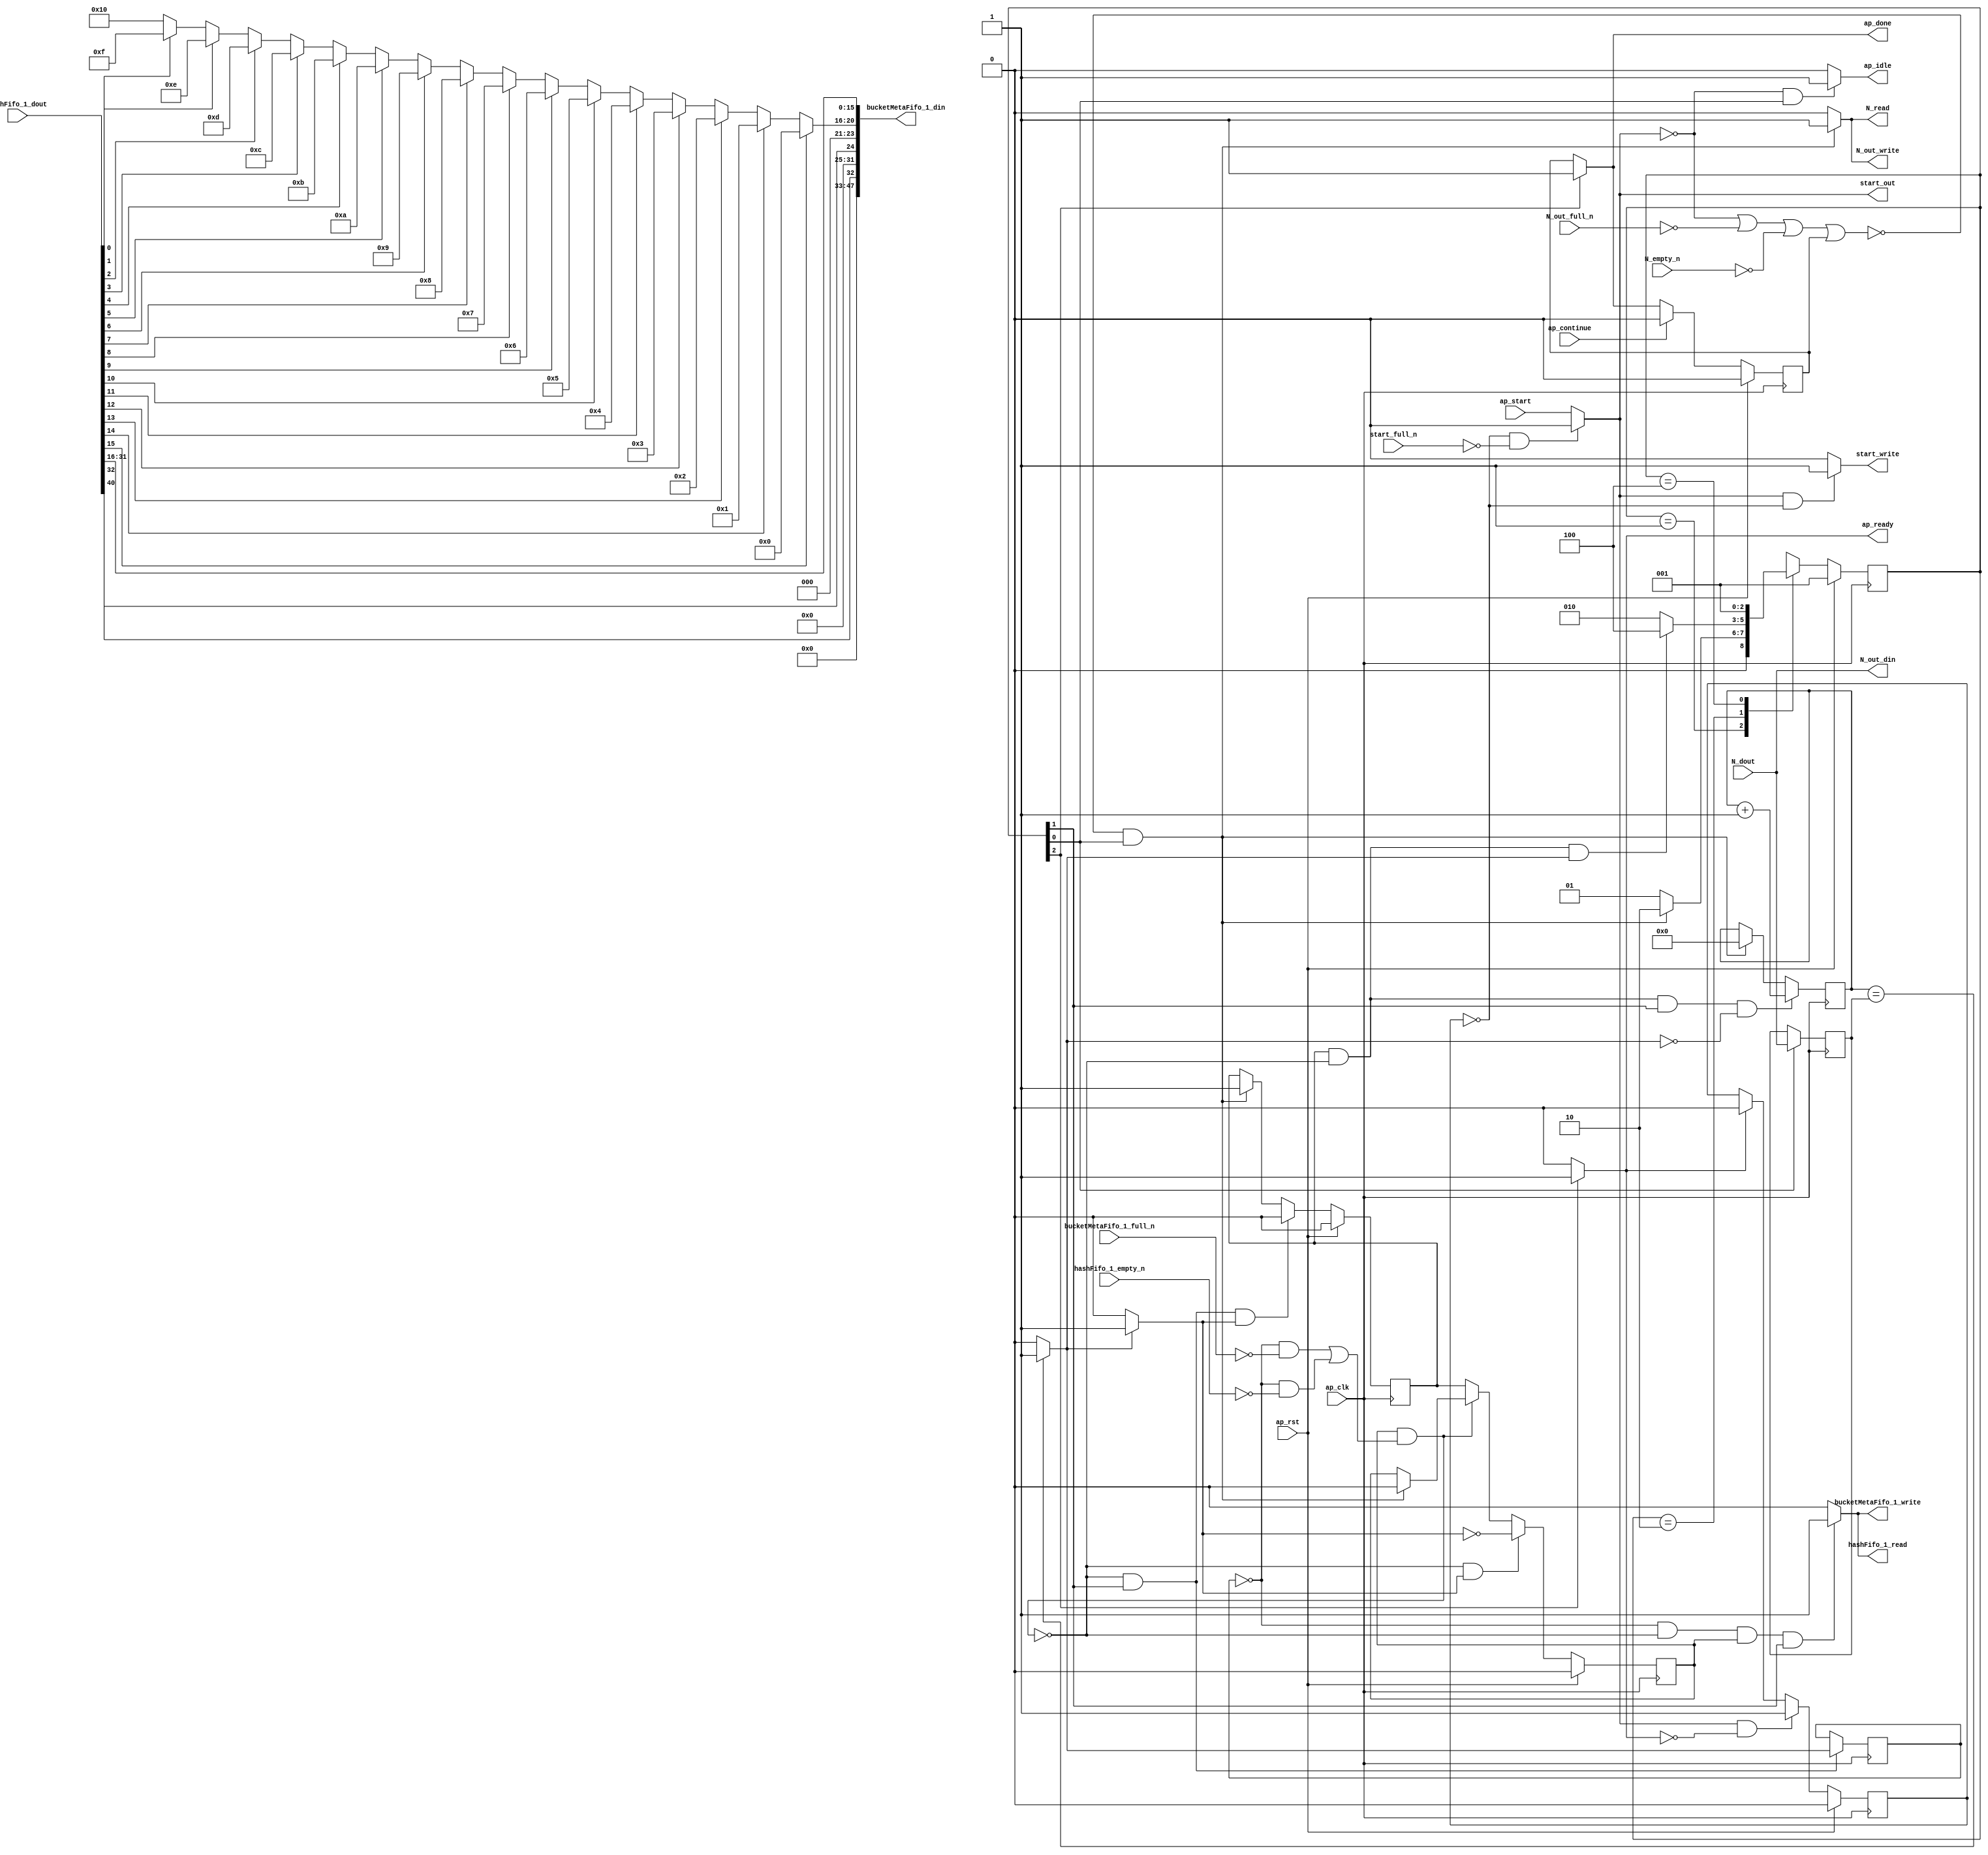
// ==============================================================
// RTL generated by Vitis HLS - High-Level Synthesis from C, C++ and OpenCL v2020.2 (64-bit)
// Version: 2020.2
// Copyright (C) Copyright 1986-2020 Xilinx, Inc. All Rights Reserved.
// 
// ===========================================================

`timescale 1 ns / 1 ps 

module hyperloglog_top_bz_detector_8_s (
        ap_clk,
        ap_rst,
        ap_start,
        start_full_n,
        ap_done,
        ap_continue,
        ap_idle,
        ap_ready,
        start_out,
        start_write,
        N_dout,
        N_empty_n,
        N_read,
        N_out_din,
        N_out_full_n,
        N_out_write,
        hashFifo_1_dout,
        hashFifo_1_empty_n,
        hashFifo_1_read,
        bucketMetaFifo_1_din,
        bucketMetaFifo_1_full_n,
        bucketMetaFifo_1_write
);

parameter    ap_ST_fsm_state1 = 3'd1;
parameter    ap_ST_fsm_pp0_stage0 = 3'd2;
parameter    ap_ST_fsm_state4 = 3'd4;

input   ap_clk;
input   ap_rst;
input   ap_start;
input   start_full_n;
output   ap_done;
input   ap_continue;
output   ap_idle;
output   ap_ready;
output   start_out;
output   start_write;
input  [63:0] N_dout;
input   N_empty_n;
output   N_read;
output  [63:0] N_out_din;
input   N_out_full_n;
output   N_out_write;
input  [63:0] hashFifo_1_dout;
input   hashFifo_1_empty_n;
output   hashFifo_1_read;
output  [47:0] bucketMetaFifo_1_din;
input   bucketMetaFifo_1_full_n;
output   bucketMetaFifo_1_write;

reg ap_done;
reg ap_idle;
reg start_write;
reg N_read;
reg N_out_write;
reg hashFifo_1_read;
reg bucketMetaFifo_1_write;

reg    real_start;
reg    start_once_reg;
reg    ap_done_reg;
(* fsm_encoding = "none" *) reg   [2:0] ap_CS_fsm;
wire    ap_CS_fsm_state1;
reg    internal_ap_ready;
reg    N_blk_n;
reg    N_out_blk_n;
reg    hashFifo_1_blk_n;
wire    ap_CS_fsm_pp0_stage0;
reg    ap_enable_reg_pp0_iter1;
wire    ap_block_pp0_stage0;
reg   [0:0] icmp_ln39_reg_208;
reg    bucketMetaFifo_1_blk_n;
reg   [63:0] i_reg_101;
reg   [63:0] N_read_reg_198;
wire   [63:0] i_35_fu_112_p2;
reg    ap_enable_reg_pp0_iter0;
wire    ap_block_state2_pp0_stage0_iter0;
reg    ap_block_state3_pp0_stage0_iter1;
reg    ap_block_pp0_stage0_11001;
wire   [0:0] icmp_ln39_fu_118_p2;
reg    ap_block_state1;
reg    ap_block_pp0_stage0_subdone;
reg    ap_condition_pp0_exit_iter0_state2;
reg    ap_block_pp0_stage0_01001;
reg   [15:0] p_Result_s_fu_141_p4;
wire   [31:0] p_Result_4_fu_151_p3;
reg   [31:0] op_assign_fu_159_p3;
wire   [0:0] tmp_fu_123_p3;
wire   [0:0] tmp_7_fu_171_p3;
wire   [4:0] trunc_ln174_fu_167_p1;
wire   [15:0] trunc_ln_fu_131_p4;
wire    ap_CS_fsm_state4;
reg   [2:0] ap_NS_fsm;
reg    ap_idle_pp0;
wire    ap_enable_pp0;
wire    ap_ce_reg;

// power-on initialization
initial begin
#0 start_once_reg = 1'b0;
#0 ap_done_reg = 1'b0;
#0 ap_CS_fsm = 3'd1;
#0 ap_enable_reg_pp0_iter1 = 1'b0;
#0 ap_enable_reg_pp0_iter0 = 1'b0;
end

always @ (posedge ap_clk) begin
    if (ap_rst == 1'b1) begin
        ap_CS_fsm <= ap_ST_fsm_state1;
    end else begin
        ap_CS_fsm <= ap_NS_fsm;
    end
end

always @ (posedge ap_clk) begin
    if (ap_rst == 1'b1) begin
        ap_done_reg <= 1'b0;
    end else begin
        if ((ap_continue == 1'b1)) begin
            ap_done_reg <= 1'b0;
        end else if ((1'b1 == ap_CS_fsm_state4)) begin
            ap_done_reg <= 1'b1;
        end
    end
end

always @ (posedge ap_clk) begin
    if (ap_rst == 1'b1) begin
        ap_enable_reg_pp0_iter0 <= 1'b0;
    end else begin
        if (((1'b0 == ap_block_pp0_stage0_subdone) & (1'b1 == ap_CS_fsm_pp0_stage0) & (1'b1 == ap_condition_pp0_exit_iter0_state2))) begin
            ap_enable_reg_pp0_iter0 <= 1'b0;
        end else if ((~((real_start == 1'b0) | (1'b0 == N_out_full_n) | (1'b0 == N_empty_n) | (ap_done_reg == 1'b1)) & (1'b1 == ap_CS_fsm_state1))) begin
            ap_enable_reg_pp0_iter0 <= 1'b1;
        end
    end
end

always @ (posedge ap_clk) begin
    if (ap_rst == 1'b1) begin
        ap_enable_reg_pp0_iter1 <= 1'b0;
    end else begin
        if (((1'b0 == ap_block_pp0_stage0_subdone) & (1'b1 == ap_condition_pp0_exit_iter0_state2))) begin
            ap_enable_reg_pp0_iter1 <= (1'b1 ^ ap_condition_pp0_exit_iter0_state2);
        end else if ((1'b0 == ap_block_pp0_stage0_subdone)) begin
            ap_enable_reg_pp0_iter1 <= ap_enable_reg_pp0_iter0;
        end else if ((~((real_start == 1'b0) | (1'b0 == N_out_full_n) | (1'b0 == N_empty_n) | (ap_done_reg == 1'b1)) & (1'b1 == ap_CS_fsm_state1))) begin
            ap_enable_reg_pp0_iter1 <= 1'b0;
        end
    end
end

always @ (posedge ap_clk) begin
    if (ap_rst == 1'b1) begin
        start_once_reg <= 1'b0;
    end else begin
        if (((real_start == 1'b1) & (internal_ap_ready == 1'b0))) begin
            start_once_reg <= 1'b1;
        end else if ((internal_ap_ready == 1'b1)) begin
            start_once_reg <= 1'b0;
        end
    end
end

always @ (posedge ap_clk) begin
    if (((ap_enable_reg_pp0_iter0 == 1'b1) & (1'b0 == ap_block_pp0_stage0_11001) & (1'b1 == ap_CS_fsm_pp0_stage0) & (icmp_ln39_fu_118_p2 == 1'd0))) begin
        i_reg_101 <= i_35_fu_112_p2;
    end else if ((~((real_start == 1'b0) | (1'b0 == N_out_full_n) | (1'b0 == N_empty_n) | (ap_done_reg == 1'b1)) & (1'b1 == ap_CS_fsm_state1))) begin
        i_reg_101 <= 64'd0;
    end
end

always @ (posedge ap_clk) begin
    if ((1'b1 == ap_CS_fsm_state1)) begin
        N_read_reg_198 <= N_dout;
    end
end

always @ (posedge ap_clk) begin
    if (((1'b0 == ap_block_pp0_stage0_11001) & (1'b1 == ap_CS_fsm_pp0_stage0))) begin
        icmp_ln39_reg_208 <= icmp_ln39_fu_118_p2;
    end
end

always @ (*) begin
    if ((~((real_start == 1'b0) | (ap_done_reg == 1'b1)) & (1'b1 == ap_CS_fsm_state1))) begin
        N_blk_n = N_empty_n;
    end else begin
        N_blk_n = 1'b1;
    end
end

always @ (*) begin
    if ((~((real_start == 1'b0) | (ap_done_reg == 1'b1)) & (1'b1 == ap_CS_fsm_state1))) begin
        N_out_blk_n = N_out_full_n;
    end else begin
        N_out_blk_n = 1'b1;
    end
end

always @ (*) begin
    if ((~((real_start == 1'b0) | (1'b0 == N_out_full_n) | (1'b0 == N_empty_n) | (ap_done_reg == 1'b1)) & (1'b1 == ap_CS_fsm_state1))) begin
        N_out_write = 1'b1;
    end else begin
        N_out_write = 1'b0;
    end
end

always @ (*) begin
    if ((~((real_start == 1'b0) | (1'b0 == N_out_full_n) | (1'b0 == N_empty_n) | (ap_done_reg == 1'b1)) & (1'b1 == ap_CS_fsm_state1))) begin
        N_read = 1'b1;
    end else begin
        N_read = 1'b0;
    end
end

always @ (*) begin
    if ((icmp_ln39_fu_118_p2 == 1'd1)) begin
        ap_condition_pp0_exit_iter0_state2 = 1'b1;
    end else begin
        ap_condition_pp0_exit_iter0_state2 = 1'b0;
    end
end

always @ (*) begin
    if ((1'b1 == ap_CS_fsm_state4)) begin
        ap_done = 1'b1;
    end else begin
        ap_done = ap_done_reg;
    end
end

always @ (*) begin
    if (((real_start == 1'b0) & (1'b1 == ap_CS_fsm_state1))) begin
        ap_idle = 1'b1;
    end else begin
        ap_idle = 1'b0;
    end
end

always @ (*) begin
    if (((ap_enable_reg_pp0_iter0 == 1'b0) & (ap_enable_reg_pp0_iter1 == 1'b0))) begin
        ap_idle_pp0 = 1'b1;
    end else begin
        ap_idle_pp0 = 1'b0;
    end
end

always @ (*) begin
    if (((icmp_ln39_reg_208 == 1'd0) & (1'b0 == ap_block_pp0_stage0) & (ap_enable_reg_pp0_iter1 == 1'b1) & (1'b1 == ap_CS_fsm_pp0_stage0))) begin
        bucketMetaFifo_1_blk_n = bucketMetaFifo_1_full_n;
    end else begin
        bucketMetaFifo_1_blk_n = 1'b1;
    end
end

always @ (*) begin
    if (((icmp_ln39_reg_208 == 1'd0) & (1'b0 == ap_block_pp0_stage0_11001) & (ap_enable_reg_pp0_iter1 == 1'b1) & (1'b1 == ap_CS_fsm_pp0_stage0))) begin
        bucketMetaFifo_1_write = 1'b1;
    end else begin
        bucketMetaFifo_1_write = 1'b0;
    end
end

always @ (*) begin
    if (((icmp_ln39_reg_208 == 1'd0) & (1'b0 == ap_block_pp0_stage0) & (ap_enable_reg_pp0_iter1 == 1'b1) & (1'b1 == ap_CS_fsm_pp0_stage0))) begin
        hashFifo_1_blk_n = hashFifo_1_empty_n;
    end else begin
        hashFifo_1_blk_n = 1'b1;
    end
end

always @ (*) begin
    if (((icmp_ln39_reg_208 == 1'd0) & (1'b0 == ap_block_pp0_stage0_11001) & (ap_enable_reg_pp0_iter1 == 1'b1) & (1'b1 == ap_CS_fsm_pp0_stage0))) begin
        hashFifo_1_read = 1'b1;
    end else begin
        hashFifo_1_read = 1'b0;
    end
end

always @ (*) begin
    if ((1'b1 == ap_CS_fsm_state4)) begin
        internal_ap_ready = 1'b1;
    end else begin
        internal_ap_ready = 1'b0;
    end
end

always @ (*) begin
    if (((start_once_reg == 1'b0) & (start_full_n == 1'b0))) begin
        real_start = 1'b0;
    end else begin
        real_start = ap_start;
    end
end

always @ (*) begin
    if (((real_start == 1'b1) & (start_once_reg == 1'b0))) begin
        start_write = 1'b1;
    end else begin
        start_write = 1'b0;
    end
end

always @ (*) begin
    case (ap_CS_fsm)
        ap_ST_fsm_state1 : begin
            if ((~((real_start == 1'b0) | (1'b0 == N_out_full_n) | (1'b0 == N_empty_n) | (ap_done_reg == 1'b1)) & (1'b1 == ap_CS_fsm_state1))) begin
                ap_NS_fsm = ap_ST_fsm_pp0_stage0;
            end else begin
                ap_NS_fsm = ap_ST_fsm_state1;
            end
        end
        ap_ST_fsm_pp0_stage0 : begin
            if (~((ap_enable_reg_pp0_iter0 == 1'b1) & (1'b0 == ap_block_pp0_stage0_subdone) & (icmp_ln39_fu_118_p2 == 1'd1))) begin
                ap_NS_fsm = ap_ST_fsm_pp0_stage0;
            end else if (((ap_enable_reg_pp0_iter0 == 1'b1) & (1'b0 == ap_block_pp0_stage0_subdone) & (icmp_ln39_fu_118_p2 == 1'd1))) begin
                ap_NS_fsm = ap_ST_fsm_state4;
            end else begin
                ap_NS_fsm = ap_ST_fsm_pp0_stage0;
            end
        end
        ap_ST_fsm_state4 : begin
            ap_NS_fsm = ap_ST_fsm_state1;
        end
        default : begin
            ap_NS_fsm = 'bx;
        end
    endcase
end

assign N_out_din = N_dout;

assign ap_CS_fsm_pp0_stage0 = ap_CS_fsm[32'd1];

assign ap_CS_fsm_state1 = ap_CS_fsm[32'd0];

assign ap_CS_fsm_state4 = ap_CS_fsm[32'd2];

assign ap_block_pp0_stage0 = ~(1'b1 == 1'b1);

always @ (*) begin
    ap_block_pp0_stage0_01001 = ((ap_enable_reg_pp0_iter1 == 1'b1) & (((icmp_ln39_reg_208 == 1'd0) & (bucketMetaFifo_1_full_n == 1'b0)) | ((icmp_ln39_reg_208 == 1'd0) & (hashFifo_1_empty_n == 1'b0))));
end

always @ (*) begin
    ap_block_pp0_stage0_11001 = ((ap_enable_reg_pp0_iter1 == 1'b1) & (((icmp_ln39_reg_208 == 1'd0) & (bucketMetaFifo_1_full_n == 1'b0)) | ((icmp_ln39_reg_208 == 1'd0) & (hashFifo_1_empty_n == 1'b0))));
end

always @ (*) begin
    ap_block_pp0_stage0_subdone = ((ap_enable_reg_pp0_iter1 == 1'b1) & (((icmp_ln39_reg_208 == 1'd0) & (bucketMetaFifo_1_full_n == 1'b0)) | ((icmp_ln39_reg_208 == 1'd0) & (hashFifo_1_empty_n == 1'b0))));
end

always @ (*) begin
    ap_block_state1 = ((real_start == 1'b0) | (1'b0 == N_out_full_n) | (1'b0 == N_empty_n) | (ap_done_reg == 1'b1));
end

assign ap_block_state2_pp0_stage0_iter0 = ~(1'b1 == 1'b1);

always @ (*) begin
    ap_block_state3_pp0_stage0_iter1 = (((icmp_ln39_reg_208 == 1'd0) & (bucketMetaFifo_1_full_n == 1'b0)) | ((icmp_ln39_reg_208 == 1'd0) & (hashFifo_1_empty_n == 1'b0)));
end

assign ap_enable_pp0 = (ap_idle_pp0 ^ 1'b1);

assign ap_ready = internal_ap_ready;

assign bucketMetaFifo_1_din = {{{{{{{{{{{{15'd0}, {tmp_fu_123_p3}}}, {7'd0}}}, {tmp_7_fu_171_p3}}}, {3'd0}}}, {trunc_ln174_fu_167_p1}}}, {trunc_ln_fu_131_p4}};

assign i_35_fu_112_p2 = (i_reg_101 + 64'd1);

assign icmp_ln39_fu_118_p2 = ((i_reg_101 == N_read_reg_198) ? 1'b1 : 1'b0);


always @ (p_Result_4_fu_151_p3) begin
    if (p_Result_4_fu_151_p3[0] == 1'b1) begin
        op_assign_fu_159_p3 = 32'd0;
    end else if (p_Result_4_fu_151_p3[1] == 1'b1) begin
        op_assign_fu_159_p3 = 32'd1;
    end else if (p_Result_4_fu_151_p3[2] == 1'b1) begin
        op_assign_fu_159_p3 = 32'd2;
    end else if (p_Result_4_fu_151_p3[3] == 1'b1) begin
        op_assign_fu_159_p3 = 32'd3;
    end else if (p_Result_4_fu_151_p3[4] == 1'b1) begin
        op_assign_fu_159_p3 = 32'd4;
    end else if (p_Result_4_fu_151_p3[5] == 1'b1) begin
        op_assign_fu_159_p3 = 32'd5;
    end else if (p_Result_4_fu_151_p3[6] == 1'b1) begin
        op_assign_fu_159_p3 = 32'd6;
    end else if (p_Result_4_fu_151_p3[7] == 1'b1) begin
        op_assign_fu_159_p3 = 32'd7;
    end else if (p_Result_4_fu_151_p3[8] == 1'b1) begin
        op_assign_fu_159_p3 = 32'd8;
    end else if (p_Result_4_fu_151_p3[9] == 1'b1) begin
        op_assign_fu_159_p3 = 32'd9;
    end else if (p_Result_4_fu_151_p3[10] == 1'b1) begin
        op_assign_fu_159_p3 = 32'd10;
    end else if (p_Result_4_fu_151_p3[11] == 1'b1) begin
        op_assign_fu_159_p3 = 32'd11;
    end else if (p_Result_4_fu_151_p3[12] == 1'b1) begin
        op_assign_fu_159_p3 = 32'd12;
    end else if (p_Result_4_fu_151_p3[13] == 1'b1) begin
        op_assign_fu_159_p3 = 32'd13;
    end else if (p_Result_4_fu_151_p3[14] == 1'b1) begin
        op_assign_fu_159_p3 = 32'd14;
    end else if (p_Result_4_fu_151_p3[15] == 1'b1) begin
        op_assign_fu_159_p3 = 32'd15;
    end else if (p_Result_4_fu_151_p3[16] == 1'b1) begin
        op_assign_fu_159_p3 = 32'd16;
    end else if (p_Result_4_fu_151_p3[17] == 1'b1) begin
        op_assign_fu_159_p3 = 32'd17;
    end else if (p_Result_4_fu_151_p3[18] == 1'b1) begin
        op_assign_fu_159_p3 = 32'd18;
    end else if (p_Result_4_fu_151_p3[19] == 1'b1) begin
        op_assign_fu_159_p3 = 32'd19;
    end else if (p_Result_4_fu_151_p3[20] == 1'b1) begin
        op_assign_fu_159_p3 = 32'd20;
    end else if (p_Result_4_fu_151_p3[21] == 1'b1) begin
        op_assign_fu_159_p3 = 32'd21;
    end else if (p_Result_4_fu_151_p3[22] == 1'b1) begin
        op_assign_fu_159_p3 = 32'd22;
    end else if (p_Result_4_fu_151_p3[23] == 1'b1) begin
        op_assign_fu_159_p3 = 32'd23;
    end else if (p_Result_4_fu_151_p3[24] == 1'b1) begin
        op_assign_fu_159_p3 = 32'd24;
    end else if (p_Result_4_fu_151_p3[25] == 1'b1) begin
        op_assign_fu_159_p3 = 32'd25;
    end else if (p_Result_4_fu_151_p3[26] == 1'b1) begin
        op_assign_fu_159_p3 = 32'd26;
    end else if (p_Result_4_fu_151_p3[27] == 1'b1) begin
        op_assign_fu_159_p3 = 32'd27;
    end else if (p_Result_4_fu_151_p3[28] == 1'b1) begin
        op_assign_fu_159_p3 = 32'd28;
    end else if (p_Result_4_fu_151_p3[29] == 1'b1) begin
        op_assign_fu_159_p3 = 32'd29;
    end else if (p_Result_4_fu_151_p3[30] == 1'b1) begin
        op_assign_fu_159_p3 = 32'd30;
    end else if (p_Result_4_fu_151_p3[31] == 1'b1) begin
        op_assign_fu_159_p3 = 32'd31;
    end else begin
        op_assign_fu_159_p3 = 32'd32;
    end
end

assign p_Result_4_fu_151_p3 = {{16'd65535}, {p_Result_s_fu_141_p4}};

integer ap_tvar_int_0;

always @ (hashFifo_1_dout) begin
    for (ap_tvar_int_0 = 16 - 1; ap_tvar_int_0 >= 0; ap_tvar_int_0 = ap_tvar_int_0 - 1) begin
        if (ap_tvar_int_0 > 15 - 0) begin
            p_Result_s_fu_141_p4[ap_tvar_int_0] = 1'b0;
        end else begin
            p_Result_s_fu_141_p4[ap_tvar_int_0] = hashFifo_1_dout[15 - ap_tvar_int_0];
        end
    end
end

assign start_out = real_start;

assign tmp_7_fu_171_p3 = hashFifo_1_dout[32'd32];

assign tmp_fu_123_p3 = hashFifo_1_dout[32'd40];

assign trunc_ln174_fu_167_p1 = op_assign_fu_159_p3[4:0];

assign trunc_ln_fu_131_p4 = {{hashFifo_1_dout[31:16]}};

endmodule //hyperloglog_top_bz_detector_8_s